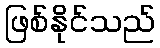
ဖြစ်နိုင်သည်